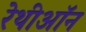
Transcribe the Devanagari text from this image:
रेथीऑन